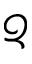
\mathcal { Q }